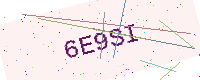
Text: 6E9SI